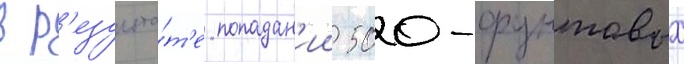
в р'езульта́т'е попадан'ии 500-фунтовых